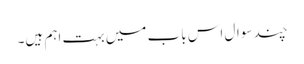
چند سوال اس باب میں بہت اہم ہیں۔